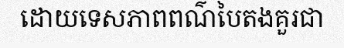
ដោយទេសភាពពណ៌បៃតងគួរជា